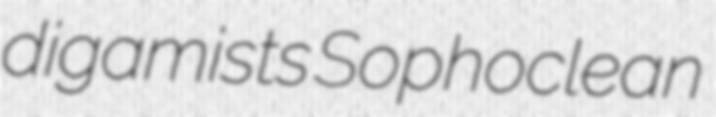
digamists Sophoclean